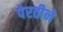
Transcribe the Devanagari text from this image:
पेरतीने